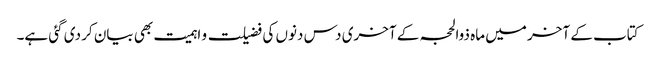
کتاب کے آخر میں ماہ ذوالحجہ کے آخری دس دنوں کی فضیلت و اہمیت بھی بیان کر دی گئی ہے۔